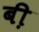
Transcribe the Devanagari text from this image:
बी़